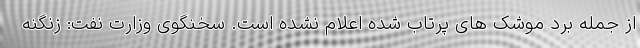
از جمله برد موشک های پرتاب شده اعلام نشده است. سخنگوی وزارت نفت: زنگنه